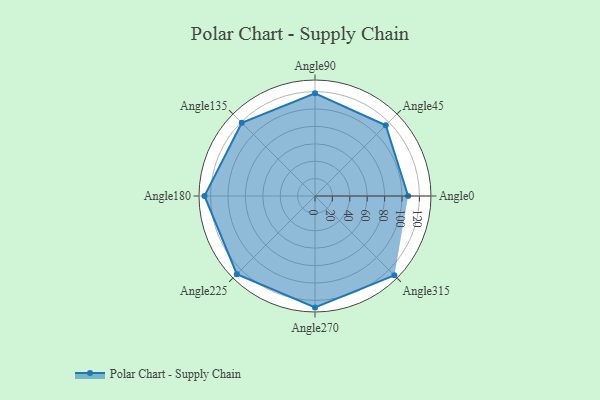
{"axis": {"x": "Angle", "y": "Radius"}, "legend": [""], "data": [{"x": "Angle0", "y": 107.0, "type": ""}, {"x": "Angle45", "y": 115.0, "type": ""}, {"x": "Angle90", "y": 118.0, "type": ""}, {"x": "Angle135", "y": 119.0, "type": ""}, {"x": "Angle180", "y": 127.0, "type": ""}, {"x": "Angle225", "y": 127.0, "type": ""}, {"x": "Angle270", "y": 128.0, "type": ""}, {"x": "Angle315", "y": 129.0, "type": ""}]}